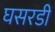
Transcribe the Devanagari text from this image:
घसरडी